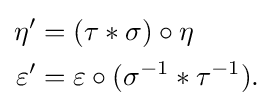
{\begin{aligned}\eta '&=(\tau \ast \sigma )\circ \eta \\\varepsilon '&=\varepsilon \circ (\sigma ^{-1}\ast \tau ^{-1}).\end{aligned}}